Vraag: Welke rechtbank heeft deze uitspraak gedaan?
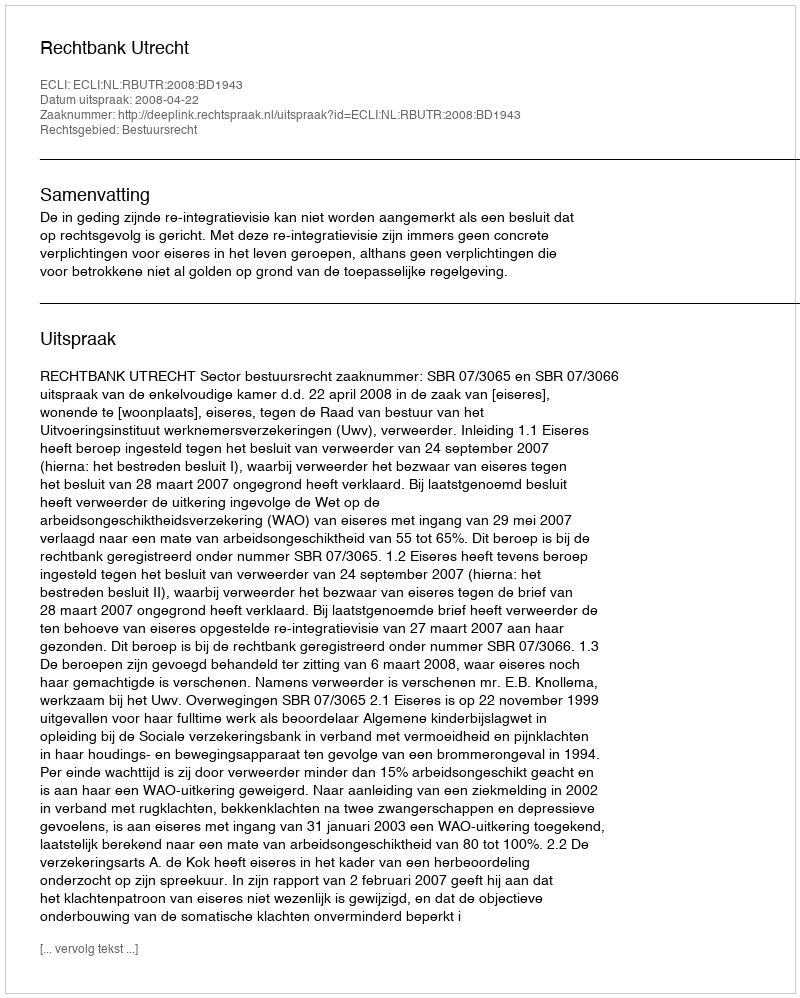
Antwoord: Rechtbank Utrecht